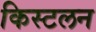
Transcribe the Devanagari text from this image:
किस्टलन